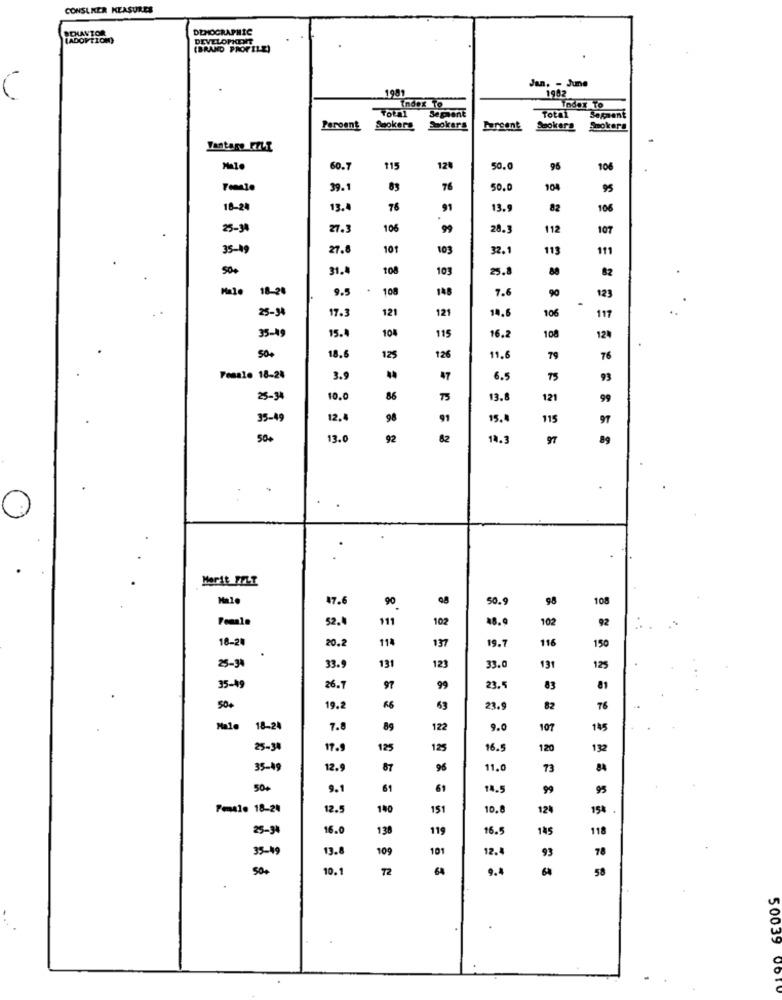
CONSLKER KEASURES
SOLANTOR
DEMOGRAPHIC
(ADOPTION)
DEVELOPKENNT
(BRAND PROFILE)
Jan. - June
1981
1942
C
Index To
Total
Segment
Index To
Total
Segment
Peroent
Spokers
Pureant
Spokera
Smokers
Male
60.7
115
120
50.0
95
106
39.1
76
50.0
104
95
18-24
13.
76
91
13.9
82
106
.
25-30
27.3
106
28.
112
107
35-19
27.8
10
103
32.1
113
111
31.
108
103
25.8
88
82
Male
18-20
9.5
108
148
7.6
90
123
25-94
17.3
12
121
14.6
106
117
35-19
15.
104
115
16.2
108
124
50.
18.6
125
126
11.6
79
76
Female 18-24
3.9
44
47
6.5
75
93
25-3
10.0
86
TS
13.8
121
99
35-49
12.
98
15.4
115
97
50+
13.0
92
82
14.3
97
89
Marit FELT
Malo
47.6
90
50.9
98
108
52.
111
102
48.9
102
92
18-20
20.2
114
19.1
116
137
150
131
25-34
33.9
123
33.
131
125
35-49
26.7
97
99
23.5
83
81
50+
19.2
63
23.9
82
76
Male
18-24
7.8
84
122
9.0
107
145
25-38
17.9
125
125
16.5
120
132
35-49
12.9
87
96
11.0
73
50+
9.1
61
61
14.5
99
95
Female 18-24
12.5
140
151
10.8
124
15%
25-94
16.0
138
119
16.5
145
118
35-49
13.8
10
101
12.4
93
78
500
10.1
9.4
64
58
50039 06